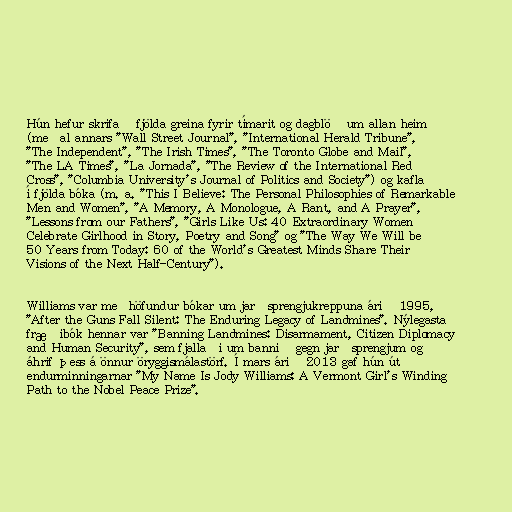
Hún hefur skrifað fjölda greina fyrir tímarit og dagblöð um allan heim
(meðal annars "Wall Street Journal", "International Herald Tribune",
"The Independent", "The Irish Times", "The Toronto Globe and Mail",
"The LA Times", "La Jornada", "The Review of the International Red
Cross", "Columbia University's Journal of Politics and Society") og kafla
í fjölda bóka (m. a. "This I Believe: The Personal Philosophies of Remarkable
Men and Women", "A Memory, A Monologue, A Rant, and A Prayer",
"Lessons from our Fathers", "Girls Like Us: 40 Extraordinary Women
Celebrate Girlhood in Story, Poetry and Song" og "The Way We Will be
50 Years from Today: 60 of the World's Greatest Minds Share Their
Visions of the Next Half-Century").

Williams var meðhöfundur bókar um jarðsprengjukreppuna árið 1995,
"After the Guns Fall Silent: The Enduring Legacy of Landmines". Nýlegasta
fræðibók hennar var "Banning Landmines: Disarmament, Citizen Diplomacy
and Human Security", sem fjallaði um bannið gegn jarðsprengjum og
áhrif þess á önnur öryggismálastörf. Í mars árið 2013 gaf hún út
endurminningarnar "My Name Is Jody Williams: A Vermont Girl's Winding
Path to the Nobel Peace Prize".